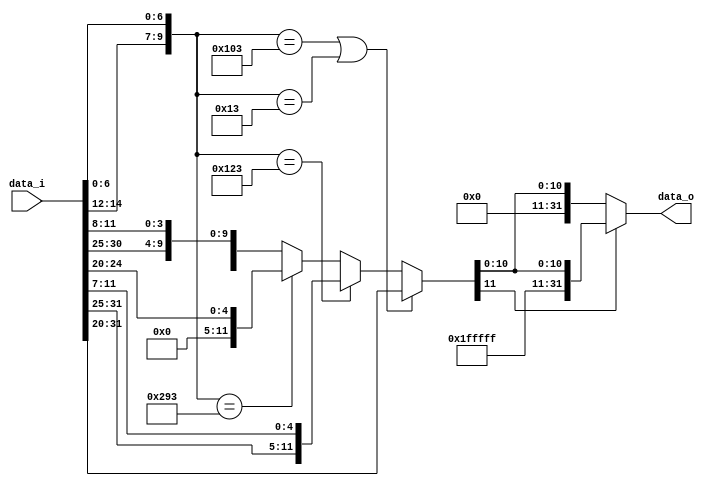
module Sign_Extend
(
    data_i,
    data_o 
);

input [31:0] data_i;
output [31:0] data_o;
reg [31:0] data;
assign data_o= data;
reg [11:0] Imm12;
wire [9:0] funct;
assign funct ={data_i[14:12],data_i[6:0]};
always @ (*) begin
    if(funct==10'b0100000011 || funct==10'b0000010011) begin
        Imm12=data_i[31:20];
    end
    else if (funct==10'b0100100011) begin
        Imm12={data_i[31:25],data_i[11:7]};
    end
    else if (funct==10'b1010010011) begin
        Imm12={7'b0000000,data_i[24:20]};
    end
    else begin
        Imm12={data_i[31],data_i[7],data_i[30:25],data_i[11:8]};
    end

    if (Imm12[11]==1'b1) begin
        data={{20{1'b1}}, Imm12};
    end
    else begin
        data={{20{1'b0}}, Imm12};
    end
end

endmodule